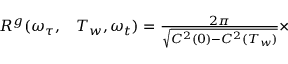
\begin{array} { r l } { R ^ { g } ( \omega _ { \tau } , } & { { } T _ { w } , \omega _ { t } ) = \frac { 2 \pi } { \sqrt { C ^ { 2 } ( 0 ) - C ^ { 2 } ( T _ { w } ) } } \times } \end{array}